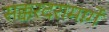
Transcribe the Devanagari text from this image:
सक्करदरामार्गे